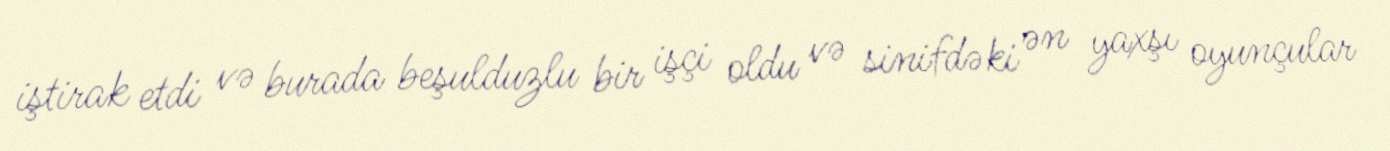
iştirak etdi və burada beşulduzlu bir işçi oldu və sinifdəki ən yaxşı oyunçular